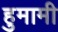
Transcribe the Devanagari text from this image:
हुमामी